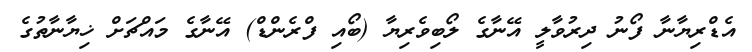
އެޑްރިޔާނާ ފޯނު ދިރުވާލީ އޭނާގެ ލޯބިވެރިޔާ (ބޯއި ފްރެންޑް) އޭނާގެ މައްޗަށް ޚިޔާނާތުގެ